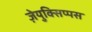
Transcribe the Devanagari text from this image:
ज़ेयुक्सिप्पस